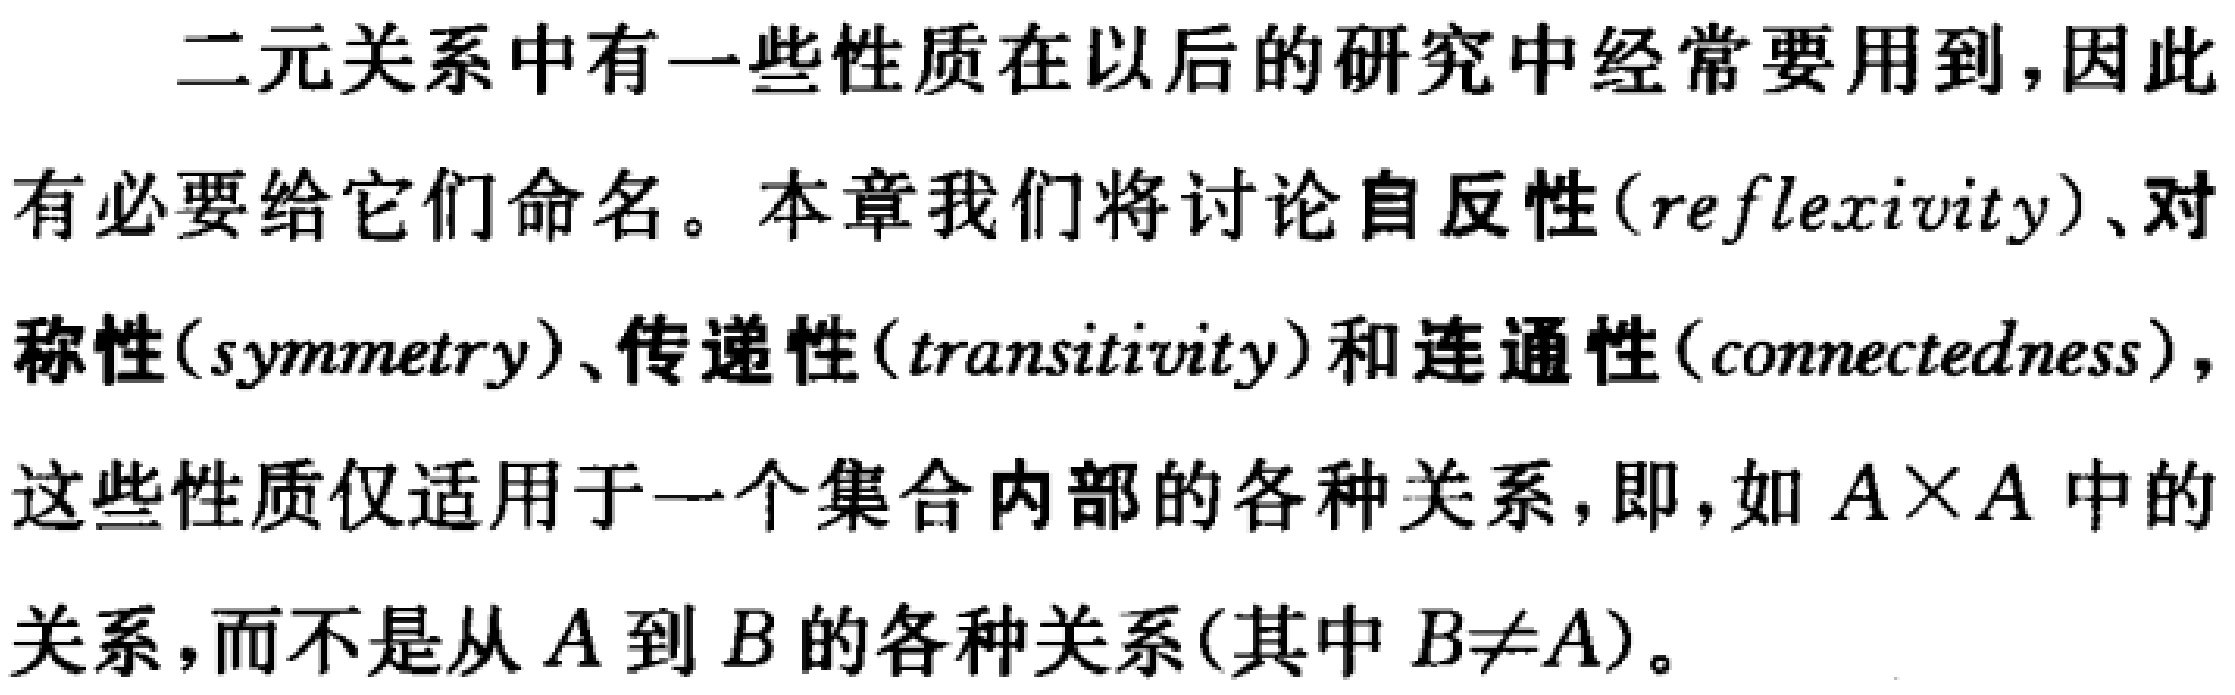
二元关系中有一些性质在以后的研究中经常要用到,因此有必要给它们命名。本章我们将讨论自反性(\(reflexivity\))、对称性(\(symmetry\))、传递性(\(transitivity\))和连通性(\(connectedness\))，这些性质仅适用于一个集合内部的各种关系,即,如 \(A\times A\) 中的关系,而不是从 \(A\) 到 \(B\) 的各种关系(其中 \(B\neq A\))。